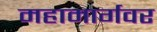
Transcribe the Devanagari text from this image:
महामार्गवर